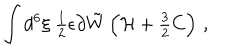
\int d ^ { 6 } \xi \ { \textstyle \frac { 1 } { 2 } } \epsilon \partial \tilde { W } \left( { \cal H } + { \textstyle \frac { 3 } { 2 } } C \right) \, ,